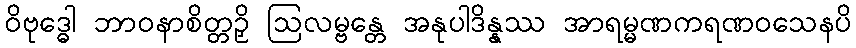
ဝိဗုဒ္ဓေါ ဘာဝနာစိတ္တဉှိ ဩလမ္ဗန္တေ အနုပါဒိန္နဿ အာရမ္မဏကရဏဝသေနပိ